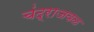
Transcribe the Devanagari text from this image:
चंद्राजवळ